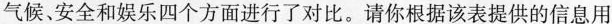
气候、安全和娱乐四个方面进行了对比。请你根据该表提供的信息用